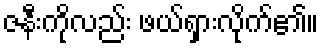
ဇနီးကိုလည်း ဖယ်ရှားလိုက်၏။